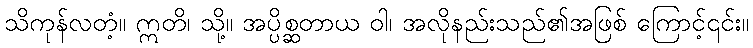
သိကုန်လတံ့။ ဣတိ၊ သို့။ အပ္ပိစ္ဆတာယ ဝါ၊ အလိုနည်းသည်၏အဖြစ် ကြောင့်၎င်း။